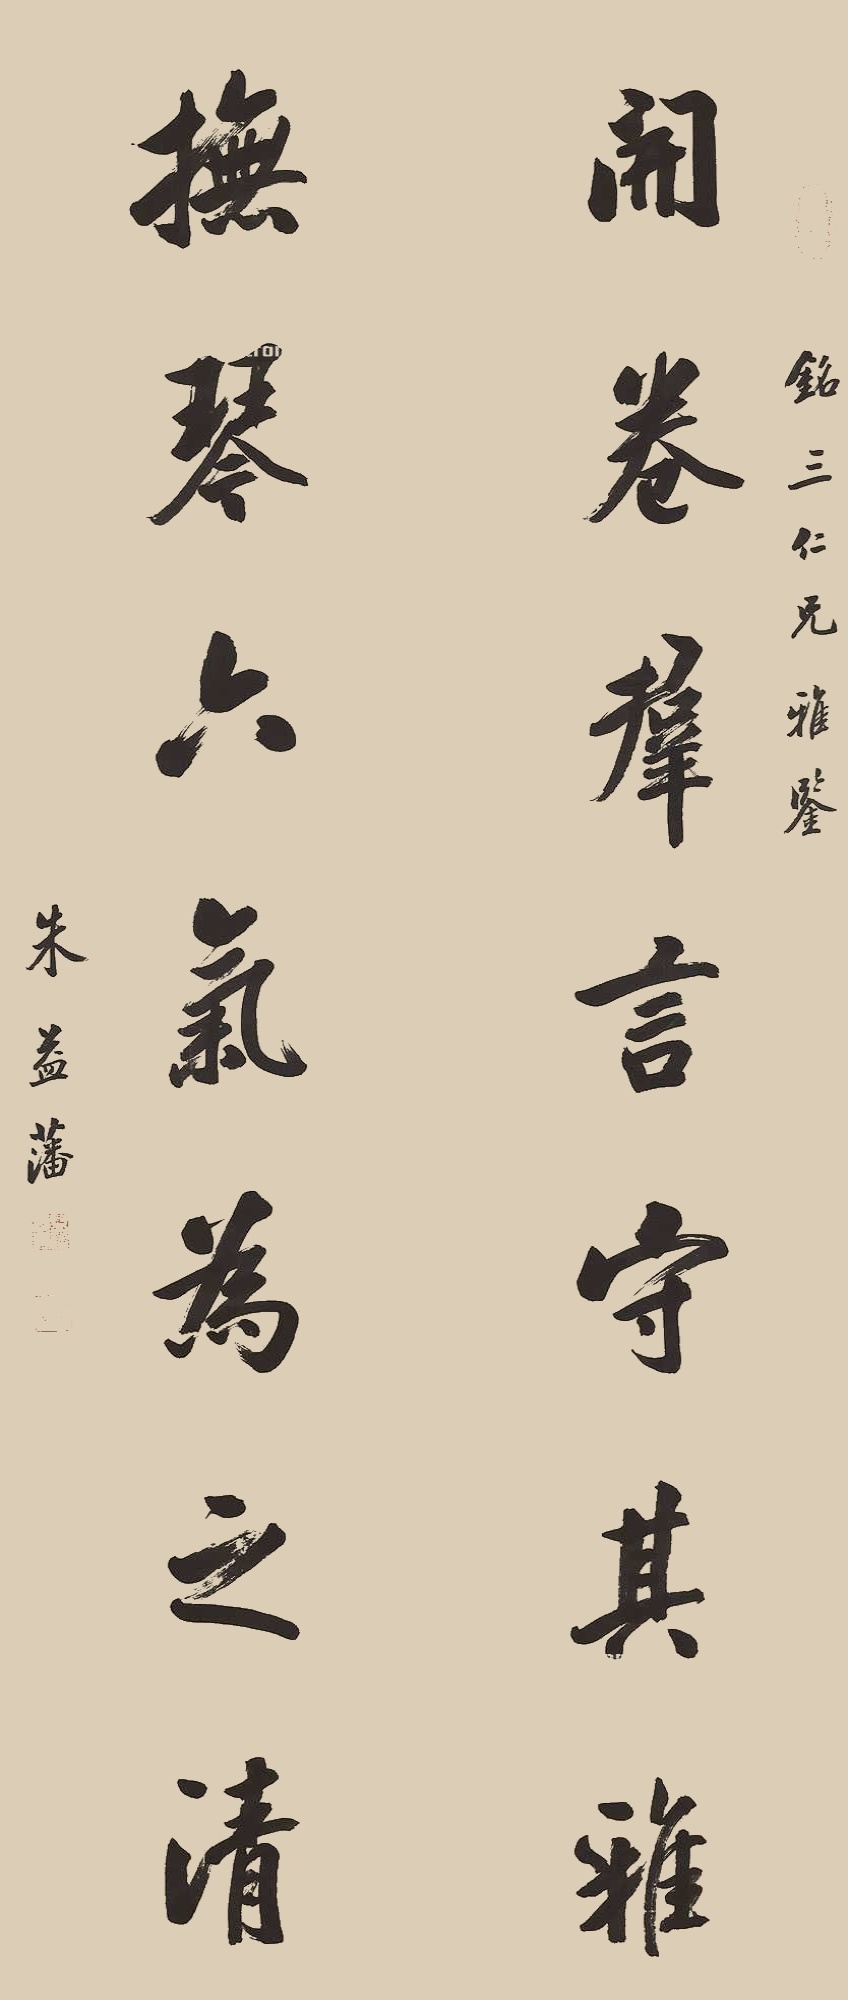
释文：开卷群言守其雅，抚琴六气为之清铭三仁兄雅鉴，朱益藩。